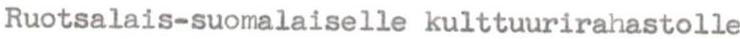
Ruotsalais-suomalaiselle kulttuurirahastolle